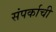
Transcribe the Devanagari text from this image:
संपर्काची